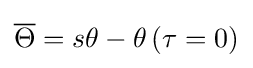
{\overline {\Theta }}=s\theta -\theta \left(\tau =0\right)